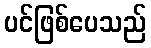
ပင်ဖြစ်ပေသည်